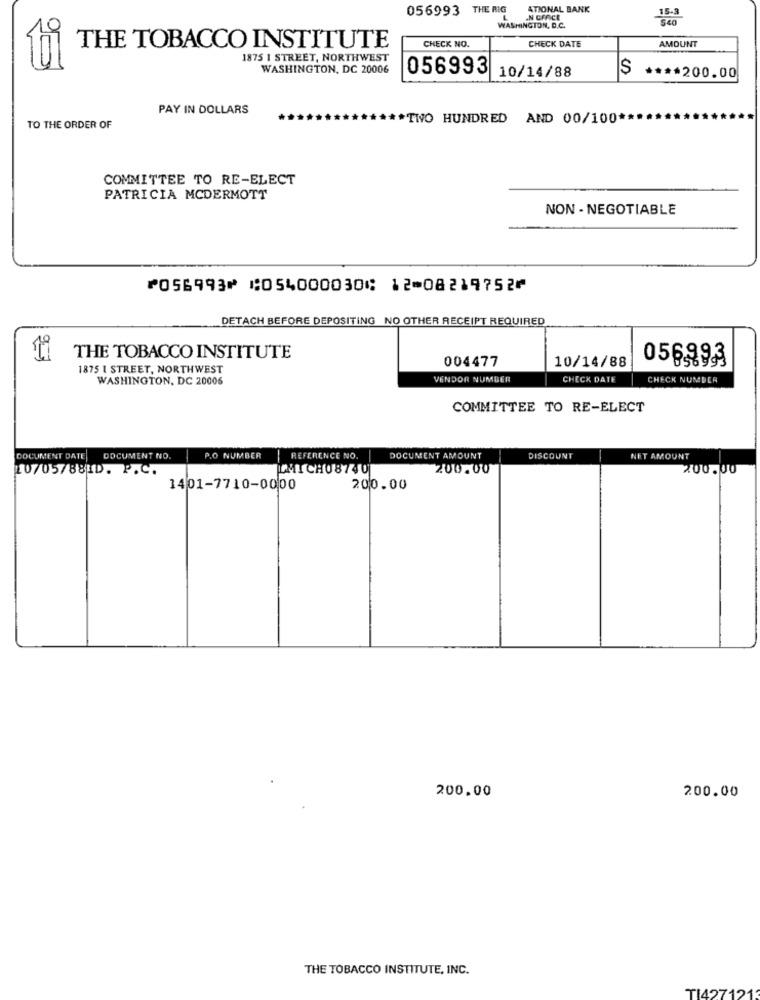
056993 THE RIG
ATIONAL BANK
$40
WASHINGTON, D.C.
CHECK NO.
CHECK DATE
AMOUNT
THE TOBACCO INSTITUTE
1875 1 STREET, NORTHWEST
WASHINGTON, DC 20006
056993
$
10/14/88
**** 200.00
PAY IN DOLLARS
*TWO HUNDRED AND 00/100 **
TO THE ORDER OF
COMMITTEE TO RE-ELECT
PATRICIA MCDERMOTT
NON - NEGOTIABLE
⑈056993⑈ ⑆054000030⑆ 12⑉08219752⑈
DETACH BEFORE DEPOSITING NO OTHER RECEIPT REQUIRED
THE TOBACCO INSTITUTE
004477
10/14/88
056993
1875 I STREET, NORTHWEST
WASHINGTON, DC 20006
VENDOR NUMBER
CHECK DATE
CHECK NUMBER
COMMITTEE TO RE-ELECT
DOCUMENT DATE
DOCUMENT NO
P.O NUMBER
REFERENCE NO.
DOCUMENT AMOUNT
DISCOUNT
NET AMOUNT
10/05/881D. P.C.
LMICH08740
200.00
200.00
1401-7710-0000
200.00
200.00
200.00
THE TOBACCO INSTITUTE, INC.
TI4271213